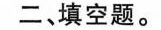
二、填空题。